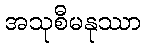
အသုစီမနုဿာ